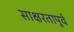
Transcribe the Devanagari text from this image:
साक्षरतापूर्व